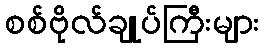
စစ်ဗိုလ်ချုပ်ကြီးများ